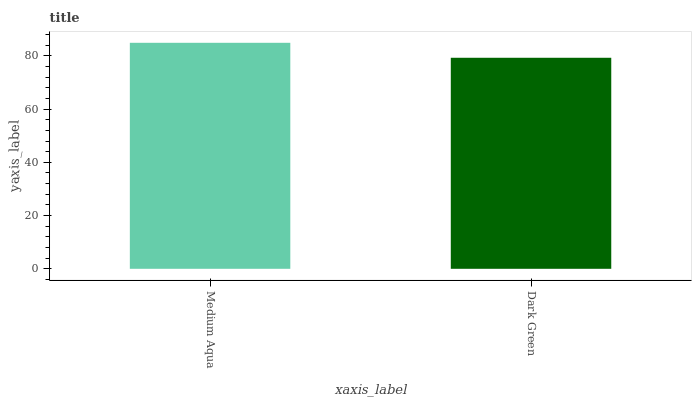
| xaxis_label | bars |
 | --- | --- |
 | Medium Aqua | 84.9 |
 | Dark Green | 79.3 |